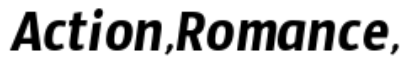
Action,Romance,